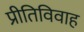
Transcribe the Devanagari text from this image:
प्रीतिविवाह